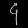
Digit: ၄